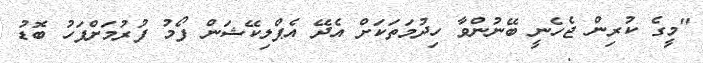
"މީގެ ކުރިން ޖެހެނީ ބޭނުންވާ ހިދުމަތަކަށް އެދޭ އެޕްލިކޭޝަން ފޯމު ފުރުމަށްފަހު ބޮޑު